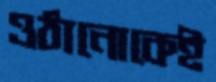
ওঠানোকেই